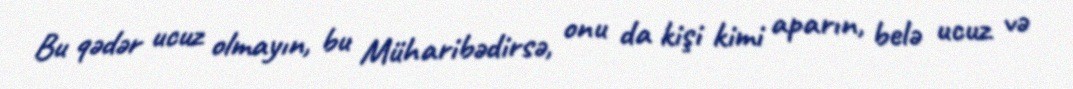
Bu qədər ucuz olmayın, bu Müharibədirsə, onu da kişi kimi aparın, belə ucuz və